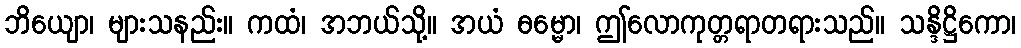
ဘိယျော၊ များသနည်း။ ကထံ၊ အဘယ်သို့။ အယံ ဓမ္မော၊ ဤလောကုတ္တရာတရားသည်။ သန္ဒိဋ္ဌိကော၊